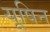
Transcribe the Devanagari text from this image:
यूषिन